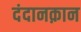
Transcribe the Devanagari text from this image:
दंदानक़ान